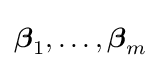
{\boldsymbol {\beta }}_{1},\ldots ,{\boldsymbol {\beta }}_{m}